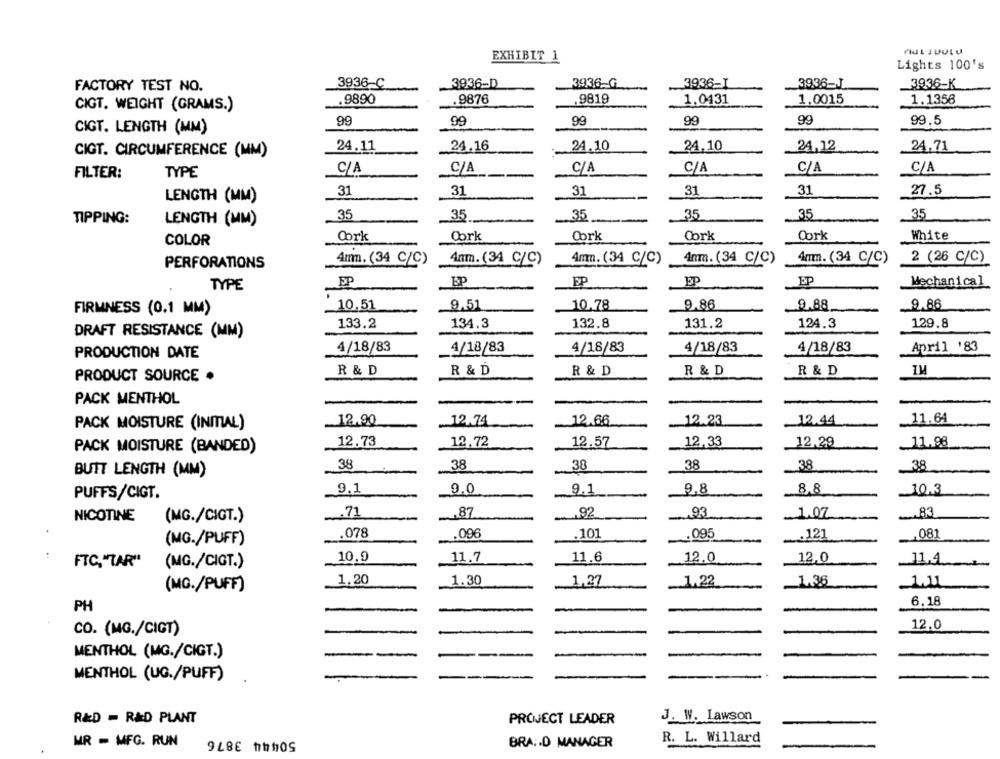
EXHIBIT 1
Lights 100's
3936-C
3936-D
3936-G
3936-I
3936-J
FACTORY TEST NO.
3936-K
.9890
.9819
1.1356
CIGT. WEIGHT (GRAMS.)
.9876
1.0131
1.0015
99
99
99
99
99
99.5
CIGT. LENGTH (MM)
CIGT. CIRCUMFERENCE (MM)
24.11
24.16
24.10
24.10
24,12
24.71
C/A
C/A
FILTER:
TYPE
C/A
C/A
C/A
C/A
31
31
31
31
31
27.5
LENGTH (MM)
TIPPING:
35
35
35
35
35
35
LENGTH (MM)
Cork
White
COLOR
Cork
Cork
Cork
Cork
4mm. (34 C/C)
4nm. (34 C/C)
2 (26 C/C)
PERFORATIONS
4mm. (34 C/C)
Anm. (34 C/C)
4mm. (34 C/C)
EP
EP
Mechanical
TYPE
9.86
FIRMNESS (0.1 MM)
_10,51
9.51
10.78
9.88.
9.86
133.2
134.3
132.8
131.2
124.3
129.8
DRAFT RESISTANCE (MM)
4/18/83
4/18/83
4/18/83
4/18/83
4/18/83
April '83
PRODUCTION DATE
R & D
R & D
R & D
R & D
R & D
IM
PRODUCT SOURCE .
PACK MENTHOL
PACK MOISTURE (INITIAL)
12.90
12.74
12.66
12.23
12.44
11.64
PACK MOISTURE (BANDED)
12.73
12.72
12.57
12,33
12,29
11,98
38
38
38
38
38
38
BUTT LENGTH (MM)
9.1
9.0
9.1
9.8
8.8
10.3
PUFFS/CIGT.
NICOTINE
.71
.87
92
.93
.1.07
83
(MG./CIGT.)
.078
.096
.101
.095
.... 121
.081
(MG./PUFF)
10.9
11.7
11.6
12.0
12,0
11,4
FTC."TAR"
(MG./CIGT.)
1.20
1.30
1,27
.1,22
_1.36
(MG./PUFF)
PH
6.18
CO. (MG./CIGT)
12.0
MENTHOL (MG./CIGT.)
MENTHOL (UG./PUFF)
R&D - R&D PLANT
PROJECT LEADER
J. W. Lawson
50444 3876
MR - MFG. RUN
BRAID MANAGER
R. L. Willard